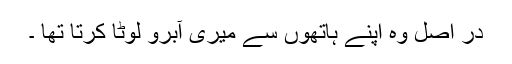
در اصل وہ اپنے ہاتھوں سے میری آبرو لوٹا کرتا تھا ۔